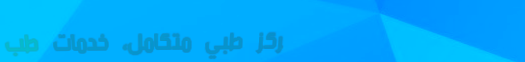
مركز طبي متكامل، خدمات طب